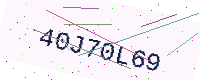
Text: 40J70L69